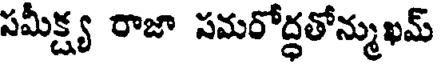
సమీక్ష్య రాజా సమరోద్ధతోన్ముఖమ్